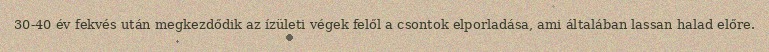
30-40 év fekvés után megkezdődik az ízületi végek felől a csontok elporladása, ami általában lassan halad előre.